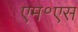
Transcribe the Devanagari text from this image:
एम॰एस